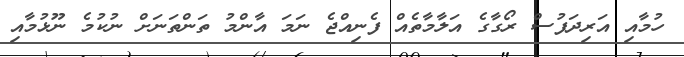
ހުމާއި އަރިދަފުސް ރޯގާގެ އަލާމާތެއް ފެނިއްޖެ ނަމަ އާންމު ތަންތަނަށް ނުކުމެ ނޫޅުމާއި